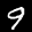
Label: 9